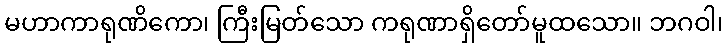
မဟာကာရုဏိကော၊ ကြီးမြတ်သော ကရုဏာရှိတော်မူထသော။ ဘဂဝါ၊